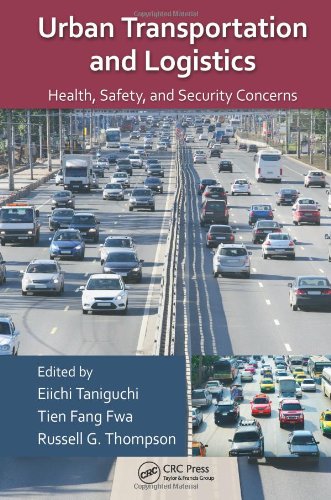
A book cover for Urban Transportation and Logistics: Health, Safety, and Security Concerns; Business & Money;